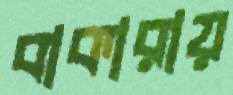
বাকারায়